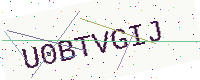
Text: U0BTVGIJ